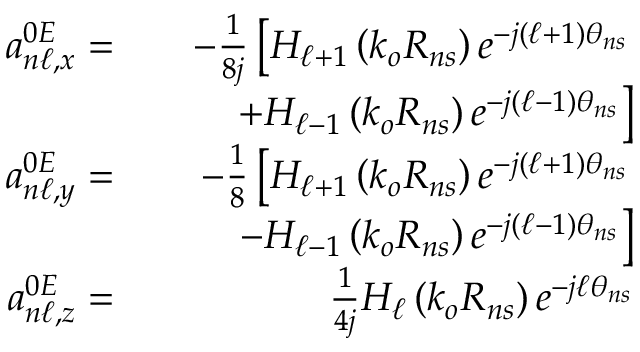
\begin{array} { r l r } { a _ { n \ell , x } ^ { 0 E } = } & { } & { - \frac { 1 } { 8 j } \left[ H _ { \ell + 1 } \left( k _ { o } R _ { n s } \right) e ^ { - j ( \ell + 1 ) \theta _ { n s } } \right. } \\ & { } & { \left. + H _ { \ell - 1 } \left( k _ { o } R _ { n s } \right) e ^ { - j ( \ell - 1 ) \theta _ { n s } } \right] } \\ { a _ { n \ell , y } ^ { 0 E } = } & { } & { - \frac { 1 } { 8 } \left[ H _ { \ell + 1 } \left( k _ { o } R _ { n s } \right) e ^ { - j ( \ell + 1 ) \theta _ { n s } } \right. } \\ & { } & { \left. - H _ { \ell - 1 } \left( k _ { o } R _ { n s } \right) e ^ { - j ( \ell - 1 ) \theta _ { n s } } \right] } \\ { a _ { n \ell , z } ^ { 0 E } = } & { } & { \frac { 1 } { 4 j } H _ { \ell } \left( k _ { o } R _ { n s } \right) e ^ { - j \ell \theta _ { n s } } } \end{array}